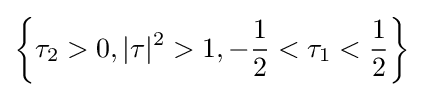
\left\{\tau _{2}>0,|\tau |^{2}>1,-{\frac {1}{2}}<\tau _{1}<{\frac {1}{2}}\right\}